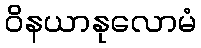
ဝိနယာနုလောမံ